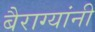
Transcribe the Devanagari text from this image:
बैराग्यांनी